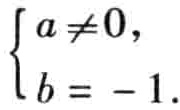
\(\begin{cases}
a \neq 0, \\
b = -1.
\end{cases}\)